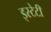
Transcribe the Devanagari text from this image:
इस्टेटी